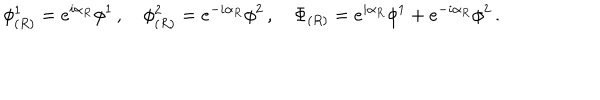
LaTeX: \phi _ { ( R ) } ^ { 1 } = e ^ { i \alpha _ { R } } \phi ^ { 1 } \, , \quad \phi _ { ( R ) } ^ { 2 } = e ^ { - i \alpha _ { R } } \phi ^ { 2 } \, , \quad \Phi _ { ( R ) } = e ^ { i \alpha _ { R } } \phi ^ { 1 } + e ^ { - i \alpha _ { R } } \phi ^ { 2 } \, .